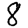
Digit: 8